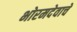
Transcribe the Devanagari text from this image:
भोरमदेवाचे